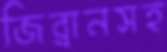
জিব্রানসহ